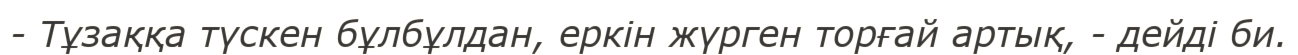
- Тұзаққа түскен бұлбұлдан, еркін жүрген торғай артық, - дейді би.